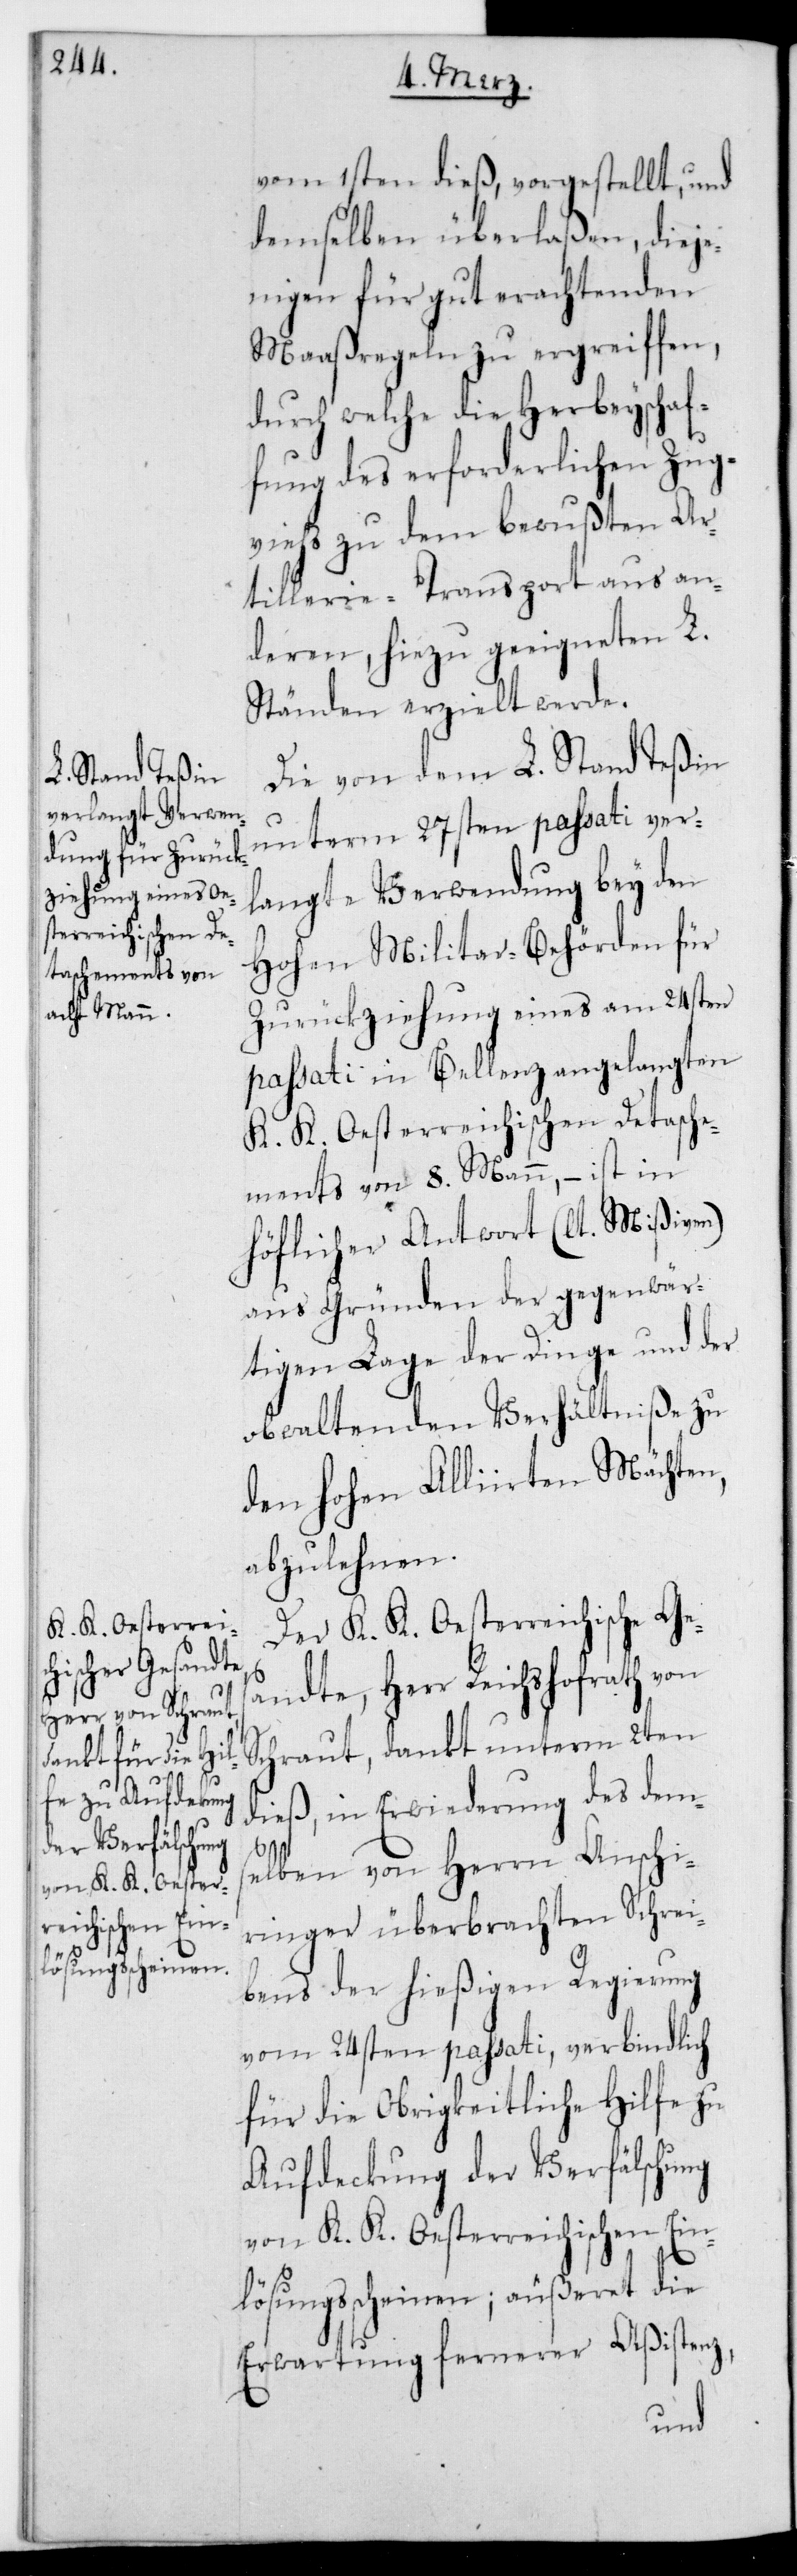
vom 1sten dieß, vorgestellt, und
demselben überlaßen, dieje¬
nigen für gut erachtenden
Maaßregeln zu ergreifen,
durch welche die Herbeyschaf¬
fung des erforderlichen Zug¬
viehs zu dem bewußten Ar¬
tillerie-Transport aus an¬
deren, hiezu geeigneten L.
Ständen erzielt werde.
Die von dem L. Stand Teßin
unterm 27sten passati ver¬
langte Verwendung bey den
Hohen Militairbehörden für
Zurückziehung eines am 24sten
passati in Bellenz angelangten
K. K. Oesterreichischen Detache¬
ments von 8. Mann, – ist in
höflicher Antwort (lt. Mißiven)
aus Gründen der gegenwär¬
tigen Lage der Dinge und der
obwaltenden Verhältniße zu
den Hohen Alliierten Mächten,
abzulehnen.
Der K. K. Oesterreichische Ges¬
andte, Herr Reichshofrath von
Schraut, dankt unterm 2ten
dieß, in Erwiderung des dem¬
selben von Herrn Anschi¬
ringer überbrachten Schrei¬
bens der hießigen Regierung
vom 24sten passati, verbindlich
für die obrigkeitliche Hilfe zu
Aufdeckung der Verfälschung
von K. K. Oesterreichischen Ein¬
lösungsscheinen; äußeret die
Erwartung fernerer Aßistenz,